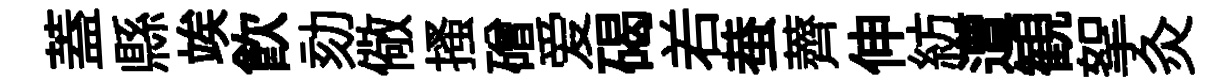
蓋縣竢飲劾儆搔磳爱碣𠰥蛬薺伸紡遭観挐灸